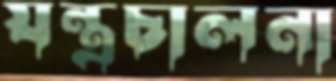
যন্ত্রচালনা